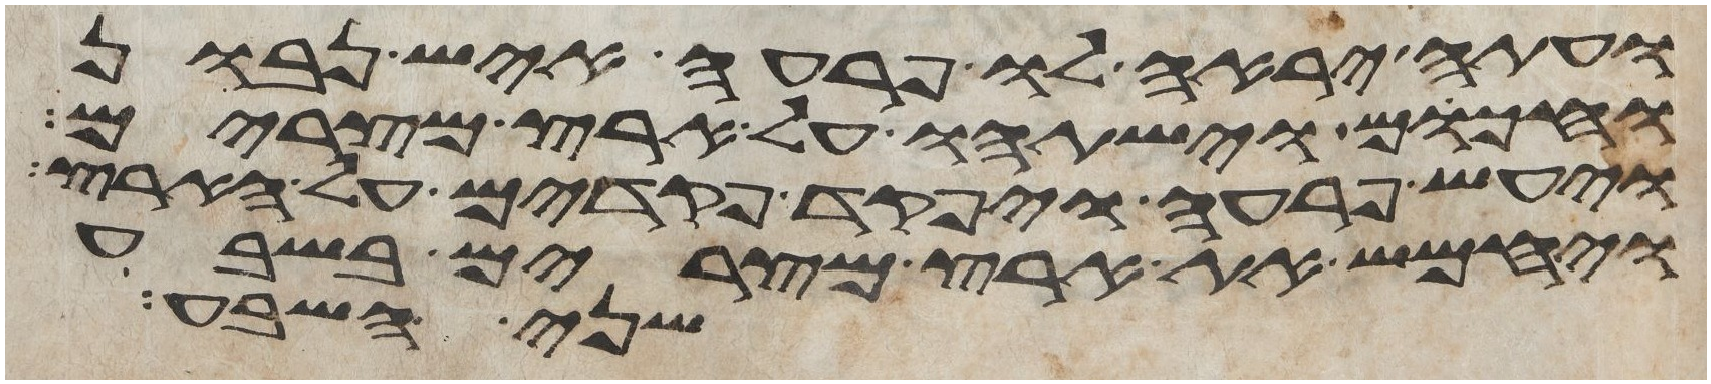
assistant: ועתה יראה לו פרעה איש נבון
וחכום וישתהו על ארץ מצרים
ויעש פרעה ויפקד פקדים על הארץ
ויחמש את ארץ מצרים בשבע
שני השבע